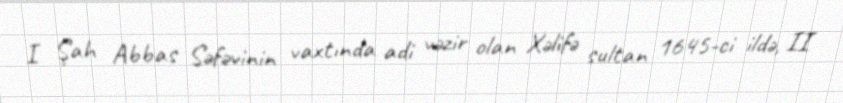
I Şah Abbas Səfəvinin vaxtında adi vəzir olan Xəlifə sultan 1645-ci ildə, II